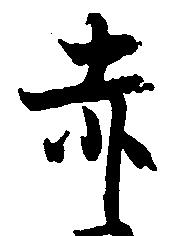
赤